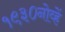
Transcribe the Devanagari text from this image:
१९३०नोव्हें